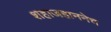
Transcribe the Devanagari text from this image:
शहाजहाननेच